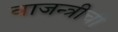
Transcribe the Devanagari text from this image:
वाजन्त्रीची